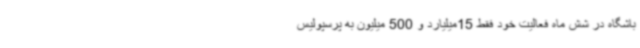
باشگاه در شش ماه فعالیت خود فقط 15میلیارد و 500 میلیون به پرسپولیس